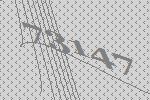
73147